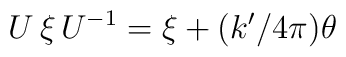
U\,\xi\,U^{-1}=\xi+(k'/4\pi)\theta